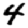
Digit: 4